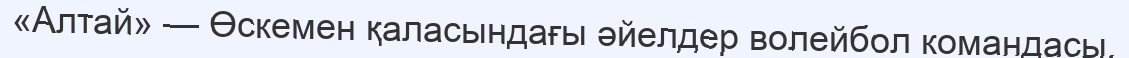
«Алтай» — Өскемен қаласындағы әйелдер волейбол командасы.